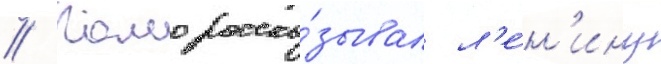
// Камо расска́зывал л'е́н'ину